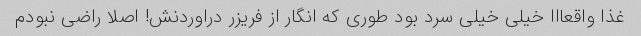
غذا واقعااا خیلى خیلى سرد بود طورى که انگار از فریزر دراوردنش! اصلا راضى نبودم